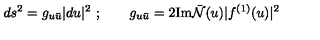
d s ^ { 2 } = g _ { u { \bar { u } } } | d u | ^ { 2 } \ ; \qquad g _ { u { \bar { u } } } = 2 \mathrm { I m } { \bar { \cal N } } ( u ) | f ^ { ( 1 ) } ( u ) | ^ { 2 } \,